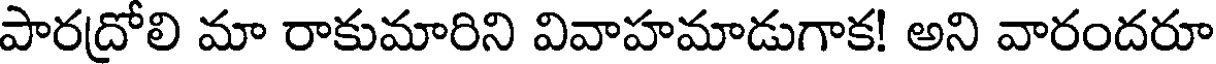
పారద్రోలి మా రాకుమారిని వివాహమాడుగాక! అని వారందరూ